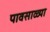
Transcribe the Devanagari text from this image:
पावसाळ्या